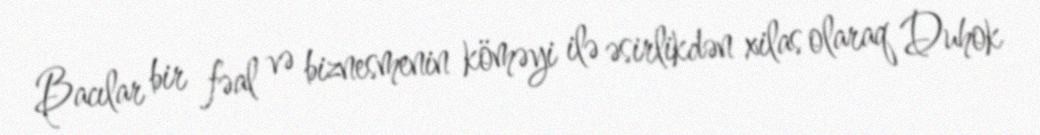
Bacılar bir fəal və biznesmenin köməyi ilə əsirlikdən xilas olaraq Duhok